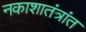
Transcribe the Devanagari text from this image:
नकाशातंत्रांत